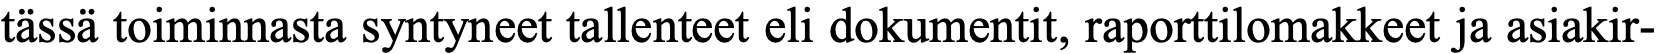
tässä toiminnasta syntyneet tallenteet eli dokumentit, raporttilomakkeet ja asiakir-